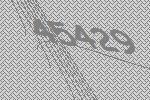
45429